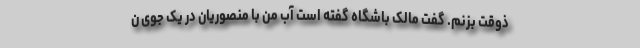
ذوقت بزنم. گفت مالک باشگاه گفته است آب من با منصوریان در یک جوی ن